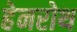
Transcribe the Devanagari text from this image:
हेनरोथ